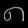
Digit: ၈